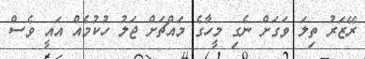
ރޭޒަރު ތިލަ ވަގަށް ނެގި މީހާގެ މައްޗަށް ޖަލު ހުކުމެއް އައީ ވެސް